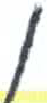
אות: ן